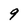
Character: 9